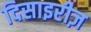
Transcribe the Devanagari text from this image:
दिसाइरीज़